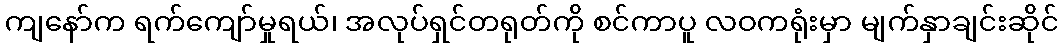
ကျနော်က ရက်ကျော်မှုရယ်၊ အလုပ်ရှင်တရုတ်ကို စင်ကာပူ လဝကရုံးမှာ မျက်နှာချင်းဆိုင်